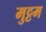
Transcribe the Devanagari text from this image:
मुट्टम